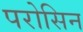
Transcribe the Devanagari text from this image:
परोसिन